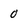
Character: 0